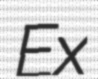
Ex